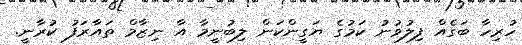
ހުރިހާ ބަގެއް ފިލުވުނު ކަމުގެ ޔަގީންކަން ލިބުނީމާ އާ ނިޒާމް ތައާރަފު ކުރާނީ.